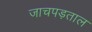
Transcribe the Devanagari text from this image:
जाचपड़ताल